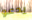
يدعو